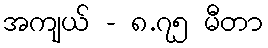
အကျယ် - ၈.၇၅ မီတာ